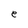
Character: e